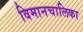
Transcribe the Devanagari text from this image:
विमानचालिका